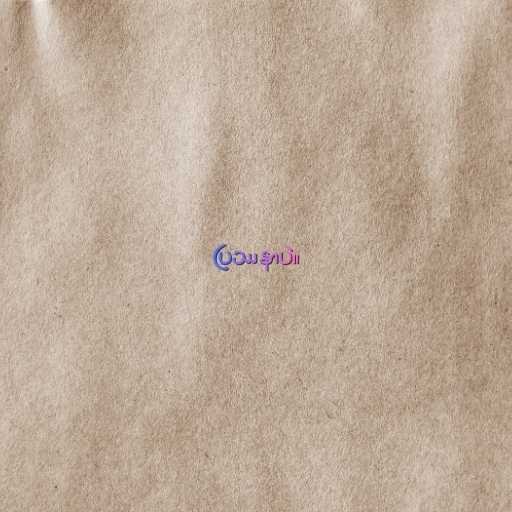
ပြဿနာပဲ။